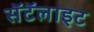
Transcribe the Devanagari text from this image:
सॅटॅलाइट